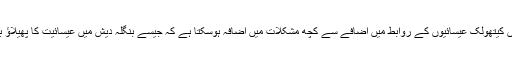
بنگلہ دیش میں کیتھولک عیسائیوں کے روابط میں اضافے سے کچھ مشکلات میں اضافہ ہوسکتا ہے کہ جیسے بنگلہ دیش میں عیسائیت کا پھیلاؤ بڑھ سکتا ہے۔